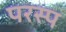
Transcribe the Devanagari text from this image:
परस्प